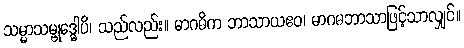
သမ္မာသမ္ဗုဒ္ဓေါပိ၊ သည်လည်း။ မာဂဓိက ဘာသာယဧဝ၊ မာဂဓဘာသာဖြင့်သာလျှင်။